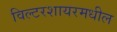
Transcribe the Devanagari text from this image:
विल्टरशायरमधील